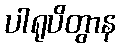
ပါရုပိတွာန